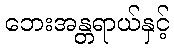
ဘေးအန္တရာယ်နှင့်